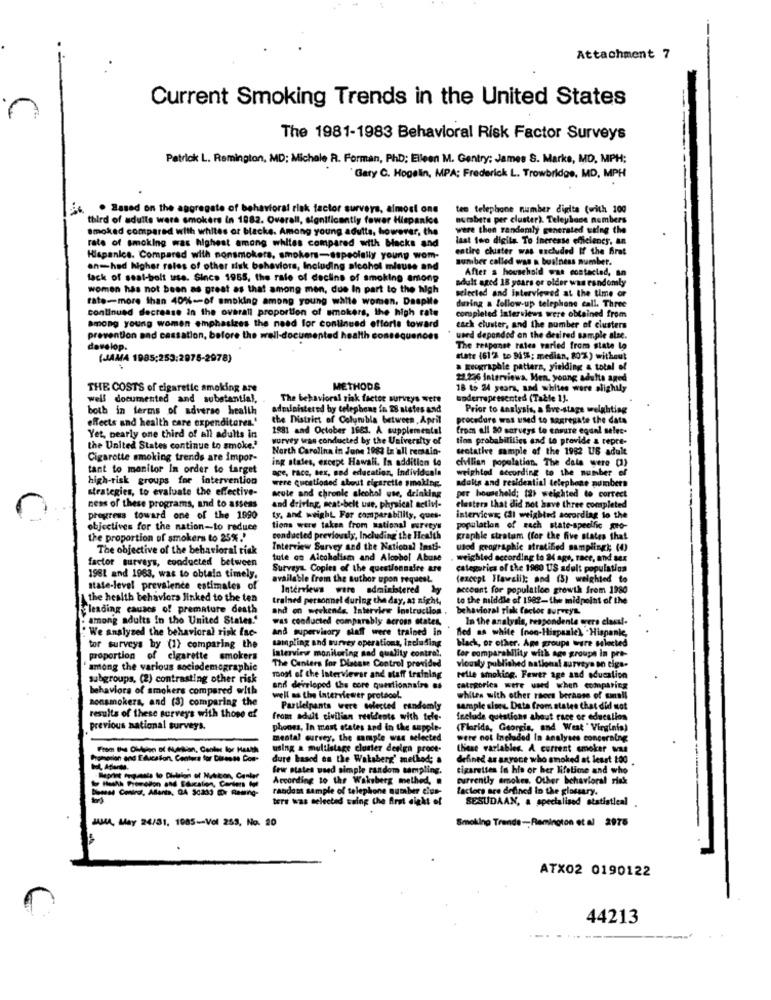
Attachment 7
Current Smoking Trends in the United States
The 1981-1983 Behavioral Risk Factor Surveys
Patrick L. Remington, MD: Michale R. Forman, PhD; Elleen M. Gentry; James S. Marks, MD, MPH;
Gary C. Hogelin, MPA; Frederick L. Trowbridge, MD, MPH
. Based on the aggregate of behavioral risk factor surveys, almost one
tes telephone number digits (with 100
third of adults were smokers in 1982. Overall, significantly fower Hispanics
numbers per cluster). Telephone numbers
smoked compared with whites or blacks. Among young adults, however, the
were then randomly generated using the
rate of smoking was highest among whites compared with blacks and
last two digita To Increase efficienes, an
entire chister was excluded If the frat
Hispanics. Compared with nonsmokers, smokers-especially young wom-
number called was a business number.
on-had higher rates of other tisk behaviors, Including alcohol misuse and
After a household was contacted, an
lack of seal-bolt use. Since 1955, the rate of decline of smoking among
adult aged 18 years or older was randomly
women has not been as great as that among men, due In part to the high
selected and interviewed at the time or
rate -- more than 40% -- of smoking among young white women, Despite
continued decrease in the overall proportion of smokers, the high rate
during a follow-up telephone call. Three
completed Interviews were obtained from
among young women emphasizes the need for continued efforts toward
each cluster, and the number of clusters
prevention and cassation, before the well-docun
Inted health co
used depended en the desired sample alse.
develop.
The response ratea varied from state le
(JAMA 1985:253:2978-2978)
state (61% to Bits: median, 80% ) without
a geographie patters, yielding a total of
22.236 Interviewa, Men. young adults aged
THE COSTS of cigarette smoking are
METHODS
18 to 24 years, and whites were slightly
well documented and substantial,
The behavioral risk factor surveys were
underrepresented (Table 1).
both in terms of adverso health
administered by telephone in 28 states and
Prior to analysis, a five-stage weighting
effects and health care expenditures.'
the District of Columbia between, April
procedere was used to segregate the data
1881 and October 1683. A supplemental
troms all 20 sarveys to ensure egunl selec-
Yet, pearly one third of all adults in
wurvey was conducted by the University of
tion probabilities and to provide & repre-
the United States continue to smoke."
North Carolina in June 1983 In'all remain-
tentative sample of the 1982 US adult
Cigarette smoking trends are impor-
ing states, except Hawaii. In addition to
civilian population. The dala were (1)
tant to monitor In order to target
ace, race, sex, and education, Individuala
weighted according to the number of
high-risk groups for intervention
were questioned about cigarette smoking.
adults and residential telephone numbers
strategies, to evaluate the effective-
acute and chronic alcohol use, drinking
per household; [2) weighted to correct
ness of these programs, and to assess
and driving, meat-belt use, physical activi-
elestera that did not have three completed
progress toward one of the 1890
ty, and weight For camperability, ques-
interviews (31 weighted according to the
objectives for the nation-to reduce
tions were taken from sational surety"
population of rach state-specific geo-
the proportion of smokers to 25%.'
conducted previously, Including the Health
graphie stratum (for the five states that
The objective of the behavioral tisk
Interview Survey and the National Imti-
used geographic stratified samplingi; (4)
factor surveys, conducted between
tute on Alcoholism and Alcohol Abuse
weighted according to 24 ago, race, and sex
Surveys. Copies of the questionnaire are
categories of the 1960 US adult population
1981 and 1983, was to obtala timely.
available from the author upon request.
(except Hawalil; and (5) weighted to
state-level prevalence estimates of
Interviews were administered ly
account for population growth from 1980
the health behaviors linked to the ten
trained personnel during the day, at night,
to the middle of 1982-the midpoint of the
leading causes of premature death
and on weekends Interview Instruction .
behavioral risk factor surveys.
among adults In the United States."
was conducted comparably across states,
In the analysis, respondente erers classl-
We analyzed the behavioral risk fac-
and supervisory staff were trained in
fled as white (non-Hispanie), "Hispanic,
sampling and survey operations, including
back, or other. Age groups were selected
tor surveys by (1) comparing the
Interview monitoring nad quality control,
proportion of cigarette smokers
The Centers for Distate Control provided
tor comparability with age groups in pre-
among the various sociodemographic
vloanty published national surveys on tigs-
subgroups, (2) contrasting other risk
most of the Interviewer and staff training
relle smoking. Fewer age and education
behaviors of smokers compared with
and deirloped the core questionnaire as
categorica stre ward when comparing
nonsmokers, and (3) comparing the
well as the interviewer protocol.
whites with other races beranse of small
Parilelpants were elected randomly
sample siec. Data from states that did not
results of these surveys with those of
from adult civilian residents with tele-
Include questions about race or education
previous national surveys.
phones, In most states and in the supple-
(Florida, Georgia, and West " Virginia)
mental survey, the sample was selected
were not Included In analyses concerning
using a multistage clonter design proce-
these variables. A current smoker was
Promotion and Education, Centers for Disease Con-
dure based on the Waksberg' method; a
defined as anyone who smoked at least 1:00
few states waed simple random sampling.
cigarettes in his or her lifetime and who
Hashh Promotion and Education, Centers Me
According to the Wakeberg method,
currently smokes. Other behavioral risk
beesd Contra, Allarts, GA Scalo Or Ramng-
random sample of telephone number cius-
factors are defined In the glossary.
ters was selected tuing the first sight of
SESUDAAN, a specialised statistical
JAMA, May 24/31, 1985-Vol 253, No. 20
Smoking Trende-Remington et al 2975
ATX02 0190122
44213